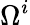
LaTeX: \Omega^{i}